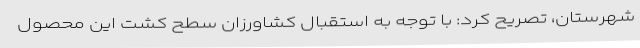
شهرستان، تصریح کرد: با توجه به استقبال کشاورزان سطح کشت این محصول